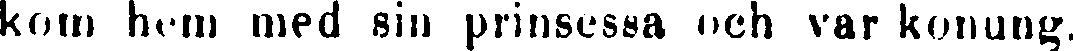
kom hem med sin prinsessa och var konung.